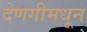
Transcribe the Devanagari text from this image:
देणगीमधून